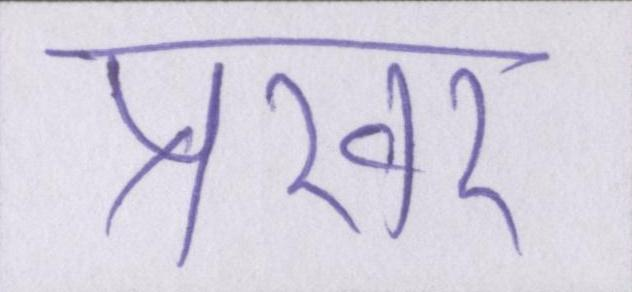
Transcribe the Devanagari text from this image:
प्रखर